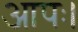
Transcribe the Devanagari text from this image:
आपः।